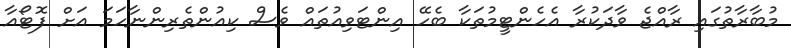
މުބާރާތުގައި ރާއްޖެ ވާދަކުރާ އެހެންޓީމުތަކާ ބެހޭ އިންޓަވިއުތައް ވެސް ކިއުންތެރިންނާހަމަ އަށް ފޮޓޯއާ